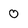
Character: 0